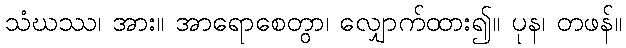
သံဃဿ၊ အား။ အာရောစေတွာ၊ လျှောက်ထား၍။ ပုန၊ တဖန်။